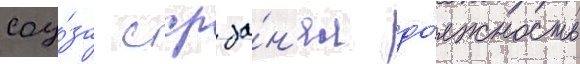
соу́за сср за́н'ял до́лжность